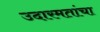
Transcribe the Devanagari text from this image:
उदारमतांचा